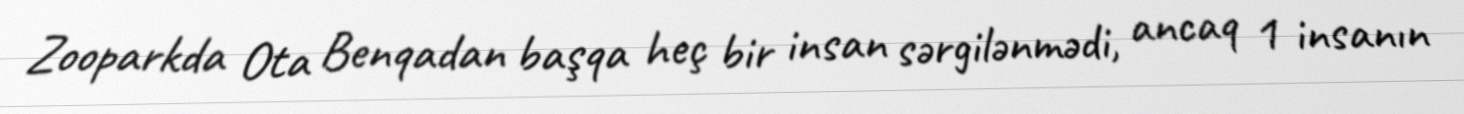
Zooparkda Ota Benqadan başqa heç bir insan sərgilənmədi, ancaq 1 insanın